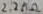
Text: 2.2MΩ